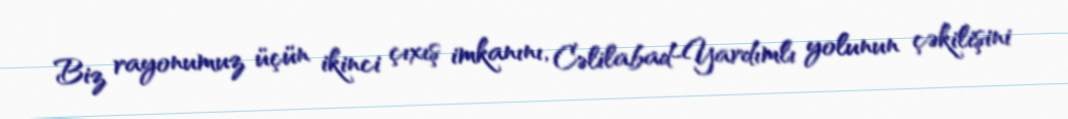
Biz rayonumuz üçün ikinci çıxış imkanını, Cəlilabad-Yardımlı yolunun çəkilişini